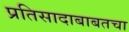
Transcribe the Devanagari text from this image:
प्रतिसादाबाबतचा